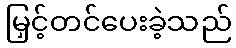
မြှင့်တင်ပေးခဲ့သည်